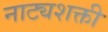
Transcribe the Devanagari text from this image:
नाट्यशक्ती